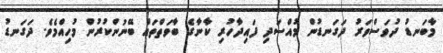
މާބަނޑު ދުވަސްވަރު ދަގަނޑުން މުއްސަދި ފައިދާހުރި ކާނާގެ ބާވަތްތައް ބޭނުންކުރުން މުހިއްމެވެ. ދަގަނޑު